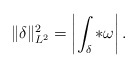
\begin{align*} \|\delta \|_{L^2}^2 = \left| \int_{\delta} * \omega \right|.\end{align*}